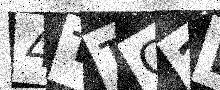
Text: 4TTG2E